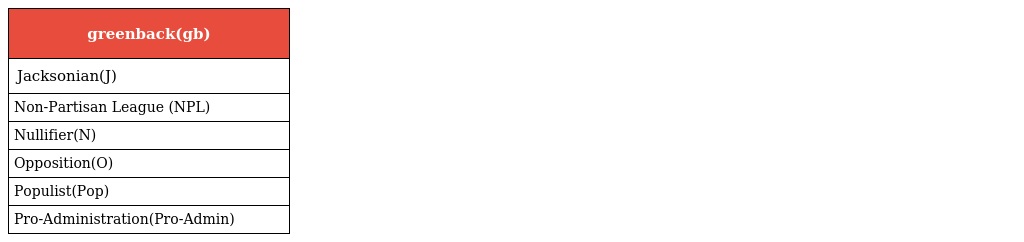
| greenback(gb) |
 | --- |
 | Jacksonian(J) |
 | Non-Partisan League (NPL) |
 | Nullifier(N) |
 | Opposition(O) |
 | Populist(Pop) |
 | Pro-Administration(Pro-Admin) |